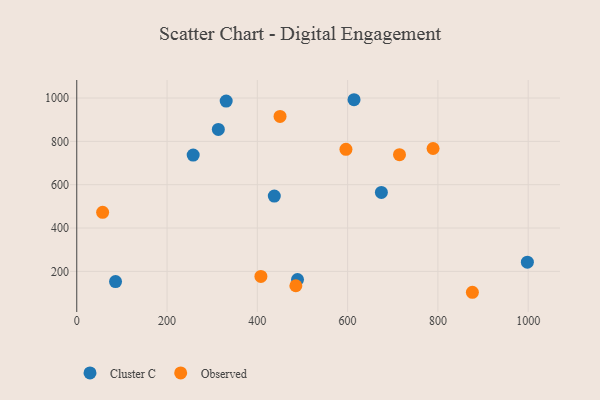
{"axis": {"x": "Investment", "y": "Sales"}, "legend": ["Cluster C", "Observed"], "data": [{"x": "85.9", "y": 152.6, "type": "Cluster C"}, {"x": "257.9", "y": 736.5, "type": "Cluster C"}, {"x": "614.2", "y": 992.1, "type": "Cluster C"}, {"x": "313.6", "y": 854.8, "type": "Cluster C"}, {"x": "489.0", "y": 161.8, "type": "Cluster C"}, {"x": "998.2", "y": 242.5, "type": "Cluster C"}, {"x": "674.8", "y": 564.2, "type": "Cluster C"}, {"x": "437.6", "y": 547.5, "type": "Cluster C"}, {"x": "331.0", "y": 985.9, "type": "Cluster C"}, {"x": "714.9", "y": 738.4, "type": "Observed"}, {"x": "57.3", "y": 472.6, "type": "Observed"}, {"x": "596.3", "y": 763.3, "type": "Observed"}, {"x": "407.9", "y": 176.4, "type": "Observed"}, {"x": "450.3", "y": 915.0, "type": "Observed"}, {"x": "789.3", "y": 767.0, "type": "Observed"}, {"x": "485.3", "y": 133.5, "type": "Observed"}, {"x": "876.4", "y": 103.4, "type": "Observed"}]}